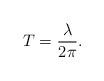
LaTeX: \begin{align*}T = \frac{\lambda}{2 \pi}.\end{align*}